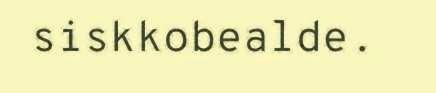
siskkobealde.